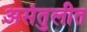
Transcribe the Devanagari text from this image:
असंतुलीत